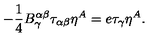
- { \frac { 1 } { 4 } } B _ { \gamma } ^ { \alpha \beta } \tau _ { \alpha \beta } \eta ^ { A } = e \tau _ { \gamma } \eta ^ { A } .